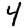
Digit: 4